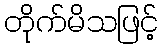
တိုက်မိသဖြင့်